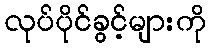
လုပ်ပိုင်ခွင့်များကို